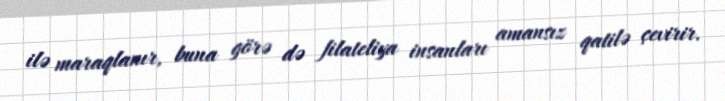
ilə maraqlanır, buna görə də filateliya insanları amansız qatilə çevirir.